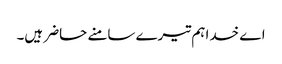
اے خدا ہم تیرے سامنے حاضر ہیں۔